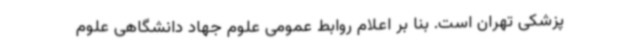
پزشکی تهران است. بنا بر اعلام روابط عمومی علوم جهاد دانشگاهی علوم